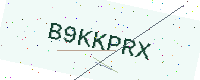
Text: B9KKPRX